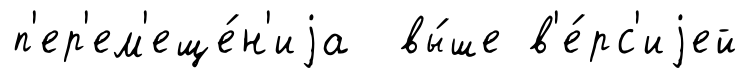
п'ер'ем'еще́н'иjа вы́ше в'е́рс'иjей